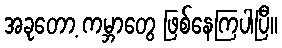
အခုတော့ ကမ္ဘာတွေ ဖြစ်နေကြပါပြီ။